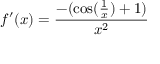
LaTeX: f ^ { \prime } ( x ) = { \frac { - ( \cos ( { \frac { 1 } { x } } ) + 1 ) } { x ^ { 2 } } }